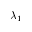
\lambda _ { 1 }